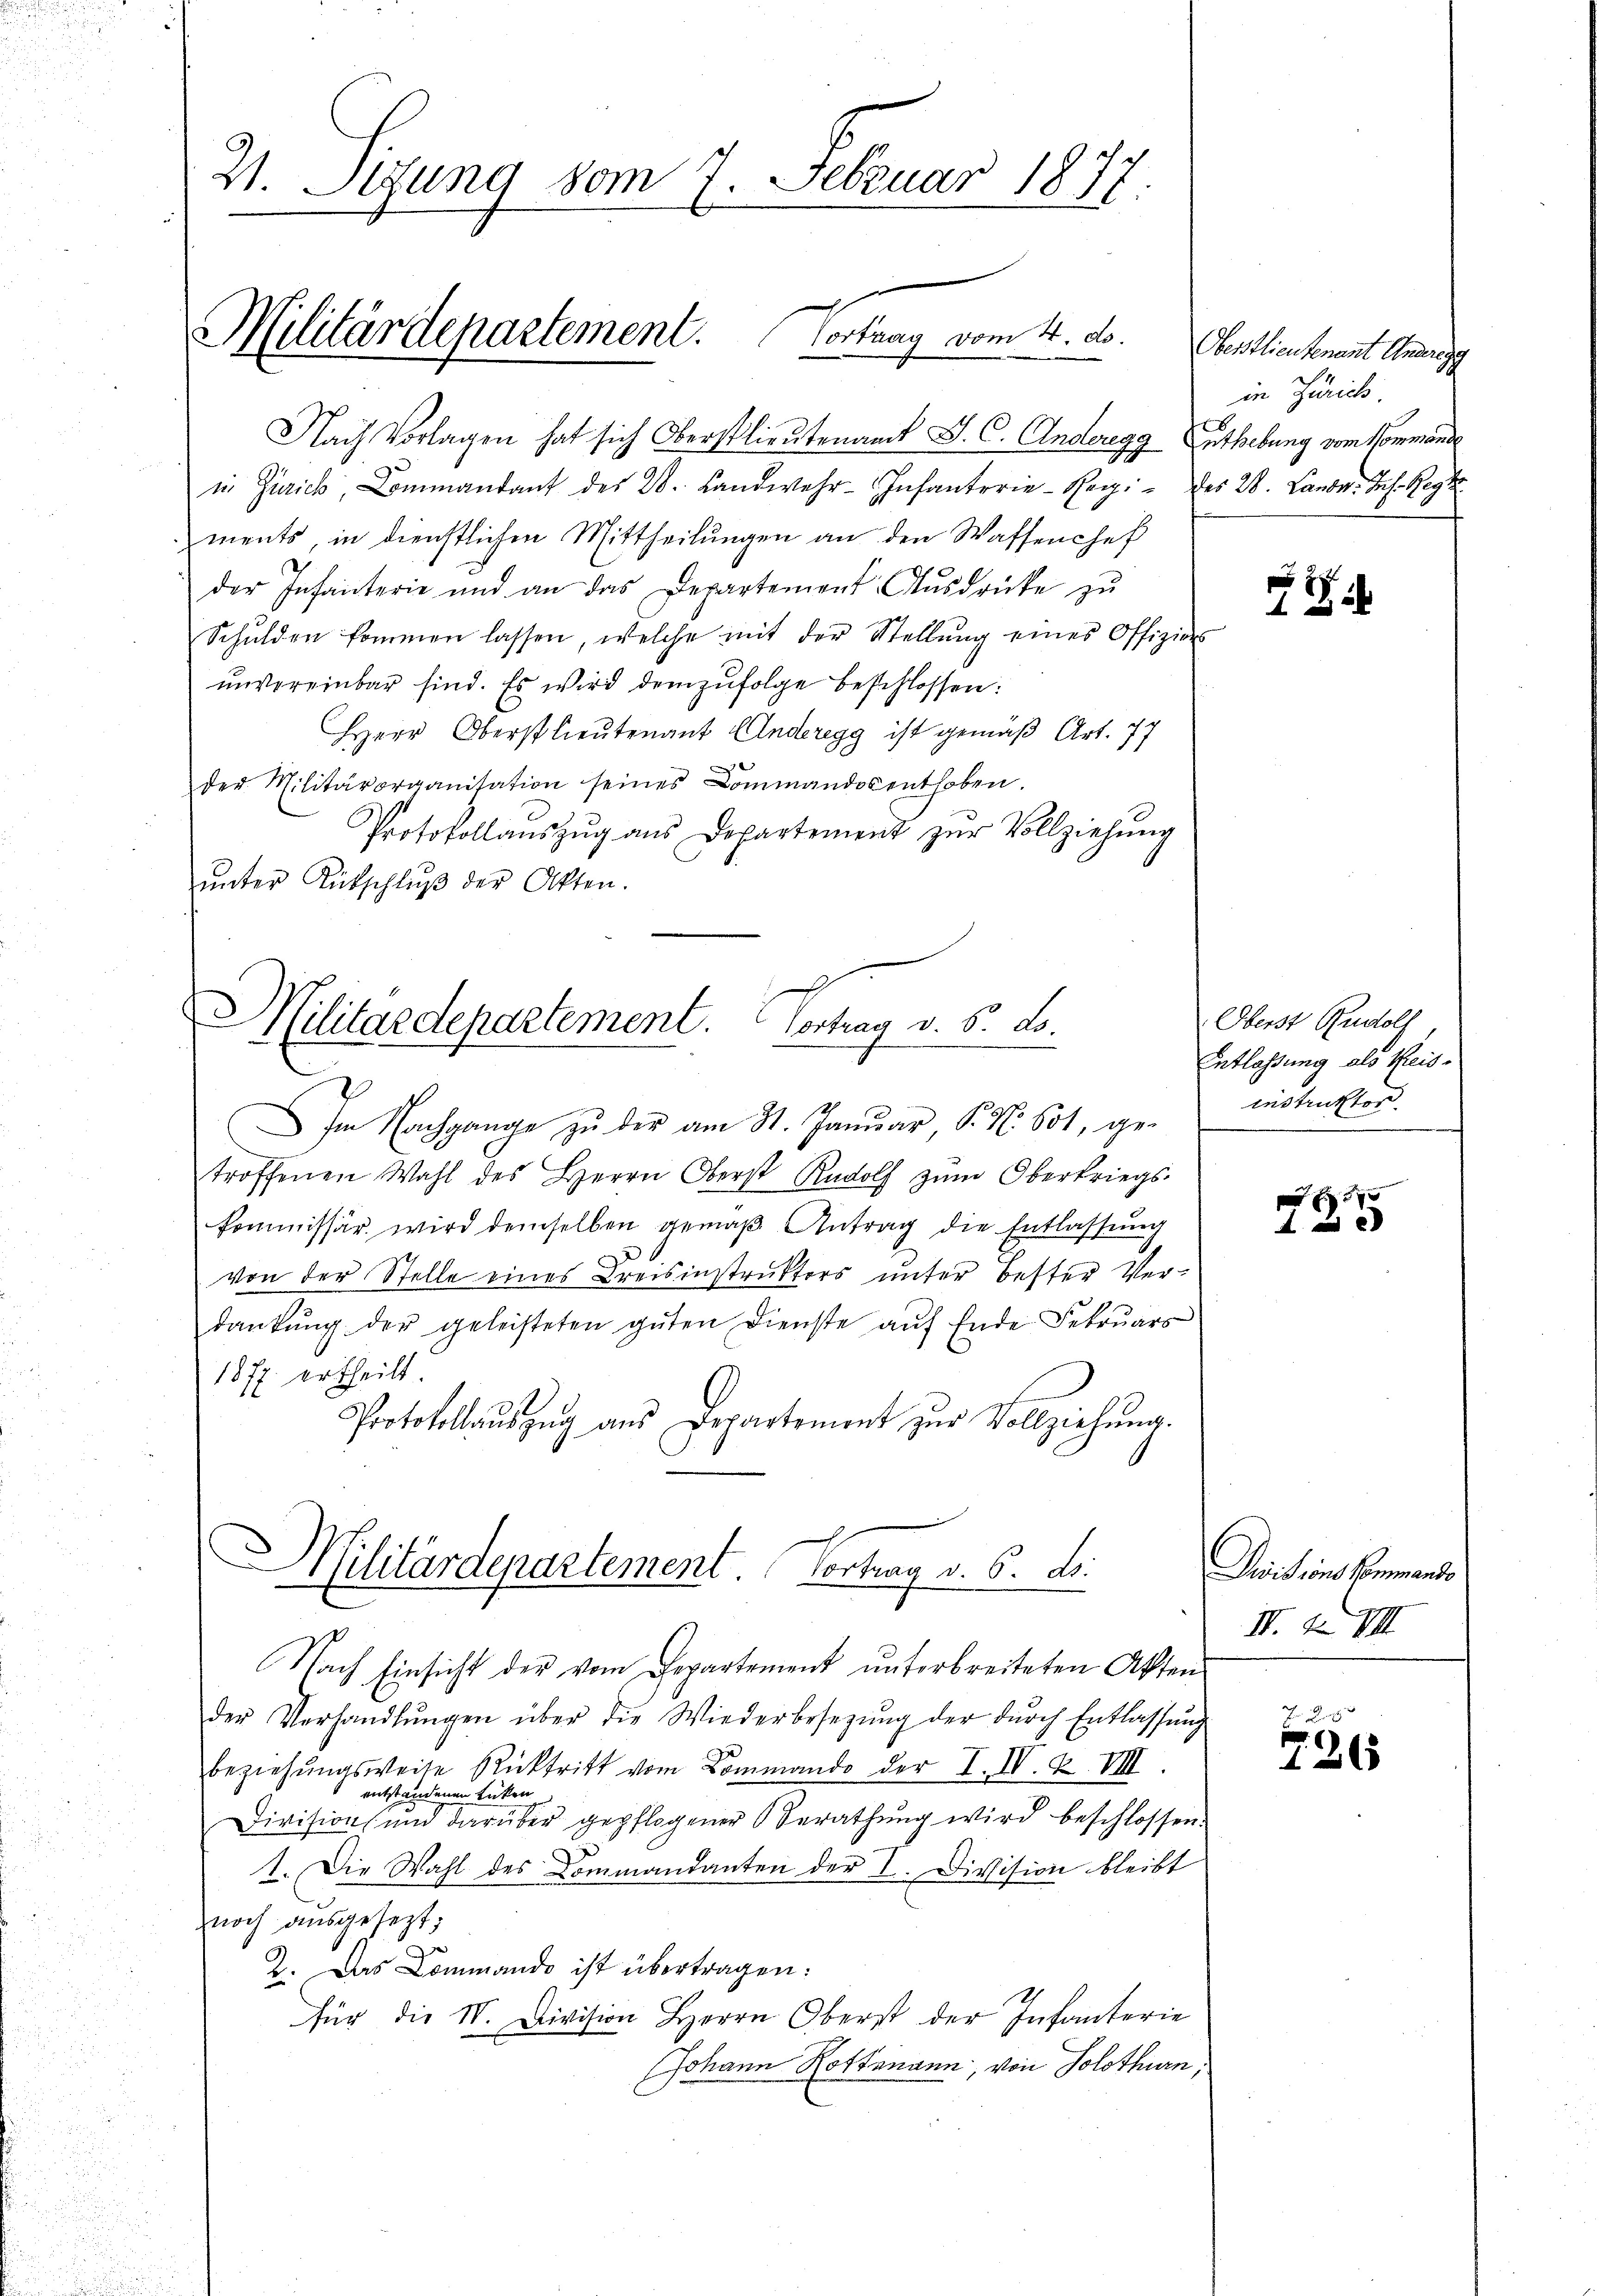
2. Sitzung vom 7. Februar 1877

Nach Vorlagen hat sich Oberstlieutenant J. C. Anderegg Enthebung vom Kommande
in Zürich, Commandant des 28. Landwehr-Infanterie-Reg. des 28. Landr. Joh. Reg
ments, in dienstlichen Mittheilungen an den Waffenchef
der Infanterie und an das Departement Aŭsdrücke zŭ
Schulden kommen lassen, welche mit der Stellŭng eines Offiziers
unvereinbar sind. Es wird demzufolge beschlossen:
Herr Oberstlieutenant Anderegg ist gemäß Art. 77
der Militärorganisation seines Commandos enthoben.
Protokollaŭszŭg ans Departement zŭr Vollziehŭng
ŭnter Rütschlŭβ der Akten.

Militärdepartement. Fortberg vom 4. ds. Oberstlieutenant Carigg

J
Militärdepartement. Vortrag v. 6. Lo

Militärdepartement Vortrag v. 6. d.

Im Nachgange zu der am 31. Januar S. N. Sot, ge-
troffenen Wahl des Herrn Oberst Rudolf zŭm Oberkriegs-
kommissär wird demselben gemäβ Antrag die Entlassung
von der Stelle eines Kreisinstruktors unter Bester Verdankŭng der geleisteten gŭten Dienste aŭf Ende Febrŭars
18 fl. ertheilt.
Protokollaŭszŭg ans Departement zŭr Vollziehŭng.
Nach Einsicht der vom Departement unterbreiteten Akten
der Verhandlŭngen über die Wiederbesetzŭng der dŭrch Entlassŭng
beziehungsweise Rücktritt vom Commando der L. K. K. VII.
entstandenen Lücken,
Division und darüber gepflogener Berathung wird beschlossen.
1. Die Wahl des Commandanten der I. Division bleibt
noch ausgesezt;
2. Das Commando ist übertragen:
für die IV. Division Herrn Oberst der Infanterie
Johann Rottenann, von Solothurn,

in Zürich.

e
1

Oberst Rudolf
Entlassung als Reis-
instruktor

f 5 x
A

Switions Kommando
II. F. VIII

e
126